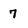
Character: 7